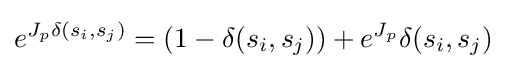
e^{J_{p}\delta (s_{i},s_{j})}=(1-\delta (s_{i},s_{j}))+e^{J_{p}}\delta (s_{i},s_{j})\